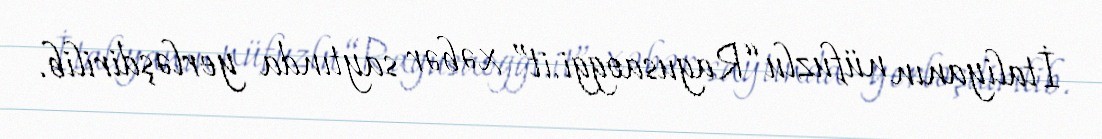
İtaliyanın nüfuzlu “Ragusaoggi.it” xəbər saytında yerləşdirilib.